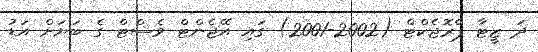
ދަ ޒީޓާ ޕްރޮޖެކްޓް (2002-2001) ގައި އޭޖެންޓް ވެސްޓް ގެ ބަޔަށް އަޑު